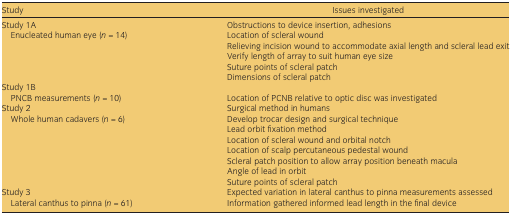
| Study | Issues investigated |
 | --- | --- |
 | Study 1A | Obstructions to device insertion, adhesions |
 | <ROWSPAN=5> Enucleated human eye (n = 14) | Location of scleral wound |
 | Relieving incision wound to accommodate axial length and scleral lead exit |
 | Verify length of array to suit human eye size |
 | Suture points of scleral patch |
 | Dimensions of scleral patch |
 | Study 1B |  |
 | PNCB measurements (n = 10) | Location of PCNB relative to optic disc was investigated |
 | Study 2 | Surgical method in humans |
 | <ROWSPAN=7> Whole human cadavers (n = 6) | Develop trocar design and surgical technique |
 | Lead orbit fixation method |
 | Location of scleral wound and orbital notch |
 | Location of scalp percutaneous pedestal wound |
 | Scleral patch position to allow array position beneath macula |
 | Angle of lead in orbit |
 | Suture points of scleral patch |
 | Study 3 | Expected variation in lateral canthus to pinna measurements assessed |
 | Lateral canthus to pinna (n = 61) | Information gathered informed lead length in the final device |